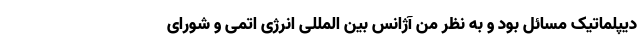
دیپلماتیک مسائل بود و به نظر من آژانس بین المللی انرژی اتمی و شورای